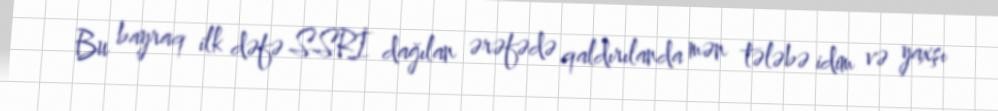
Bu bayraq ilk dəfə SSRİ dağılan ərəfədə qaldırılanda mən tələbə idim və yaxşı